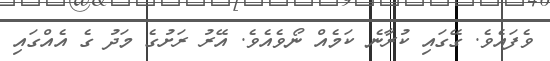
ވެފައެވެ. ގޭގައި ކުރާނެ ކަމެއް ނޯވެއެވެ. އޭރު ރަށުގެ މަދު ގެ އެއްގައި